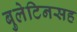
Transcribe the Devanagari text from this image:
बुलेटिनसह